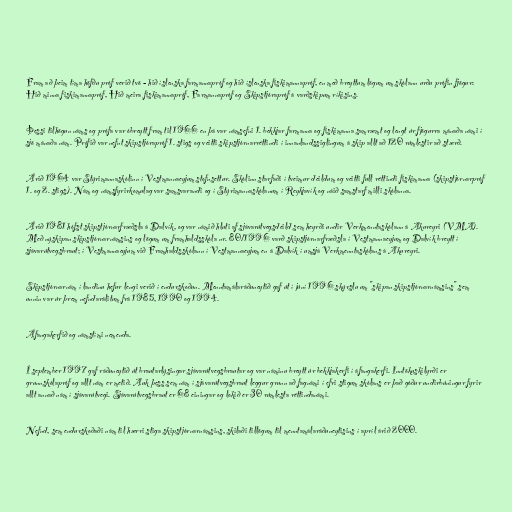
Fram að þeim tíma höfðu próf verið tvö - hið íslenska farmannapróf og hið íslenska fiskimannapróf, en með breyttum lögum um skólann urðu prófin fjögur:
Hið minna fiskimannapróf, Hið meira fiskimannapróf, Farmannapróf og Skipstjórapróf á varðskipum ríkisins.

Þessi tilhögun náms og prófa var óbreytt fram til 1966 en þá var námsefni 1. bekkjar farmanna og fiskimanna samræmt og lengt úr fjögurra mánaða námi í
sjö mánaða nám. Prófið var nefnt skipstjórapróf 1. stigs og veitti skipstjórnarréttindi í innanlandssiglingum á skip allt að 120 rúmlestir að stærð.

Árið 1964 var Stýrimannaskólinn í Vestmannaeyjum stofnsettur. Skólinn starfaði í tveimur deildum og veitti full réttindi fiskimanna (skipstjórnarpróf
1. og 2. stigs). Nám og námsfyrirkomulag var samsvarandi og í Stýrimannaskólanum í Reykjavík og náið samstarf milli skólanna.

Árið 1981 hófst skipstjórnarfræðsla á Dalvík, og var námið hluti af sjávarútvegsdeild sem heyrði undir Verkmenntaskólann á Akureyri (VMA).
Með nýskipan skipstjórnarnámsins og lögum um framhaldsskóla nr. 80/1996 varð skipstjórnarfræðsla í Vestmannaeyjum og Dalvík breytt í
sjávarútvegsbraut; í Vestmannaeyjum við Framhaldsskólann í Vestmannaeyjum en á Dalvík í umsjá Verkmenntaskólans á Akureyri.

Skipstjórnarnám í landinu hefur lengi verið í endurskoðun. Menntamálaráðuneytið gaf út í júní 1996 skýrslu um "skipan skipstjórnarnámsins" sem
unnin var úr þrem nefndarálitum frá 1985, 1990 og 1994.

Áfangakerfið og námstími nemenda.

Í september 1997 gaf ráðuneytið út brautarlýsingar sjávarútvegsbrautar og var náminu breytt úr bekkjakerfi í áfangakerfi. Inntökuskilyrði er
grunnskólapróf og allt nám er metið. Auk þess sem nám í sjávarútvegsbraut leggur grunn að fagnámi í efri stigum skólans er það góður undirbúningur fyrir
allt annað nám í sjávarútvegi. Sjávarútvegsbraut er 68 einingar og lokið er 30 rúmlesta réttindanámi.

Nefnd, sem endurskoðaði nám til hærri stiga skipstjórnarnámsins, skilaði tillögum til menntamálaráðuneytisins í apríl árið 2000.